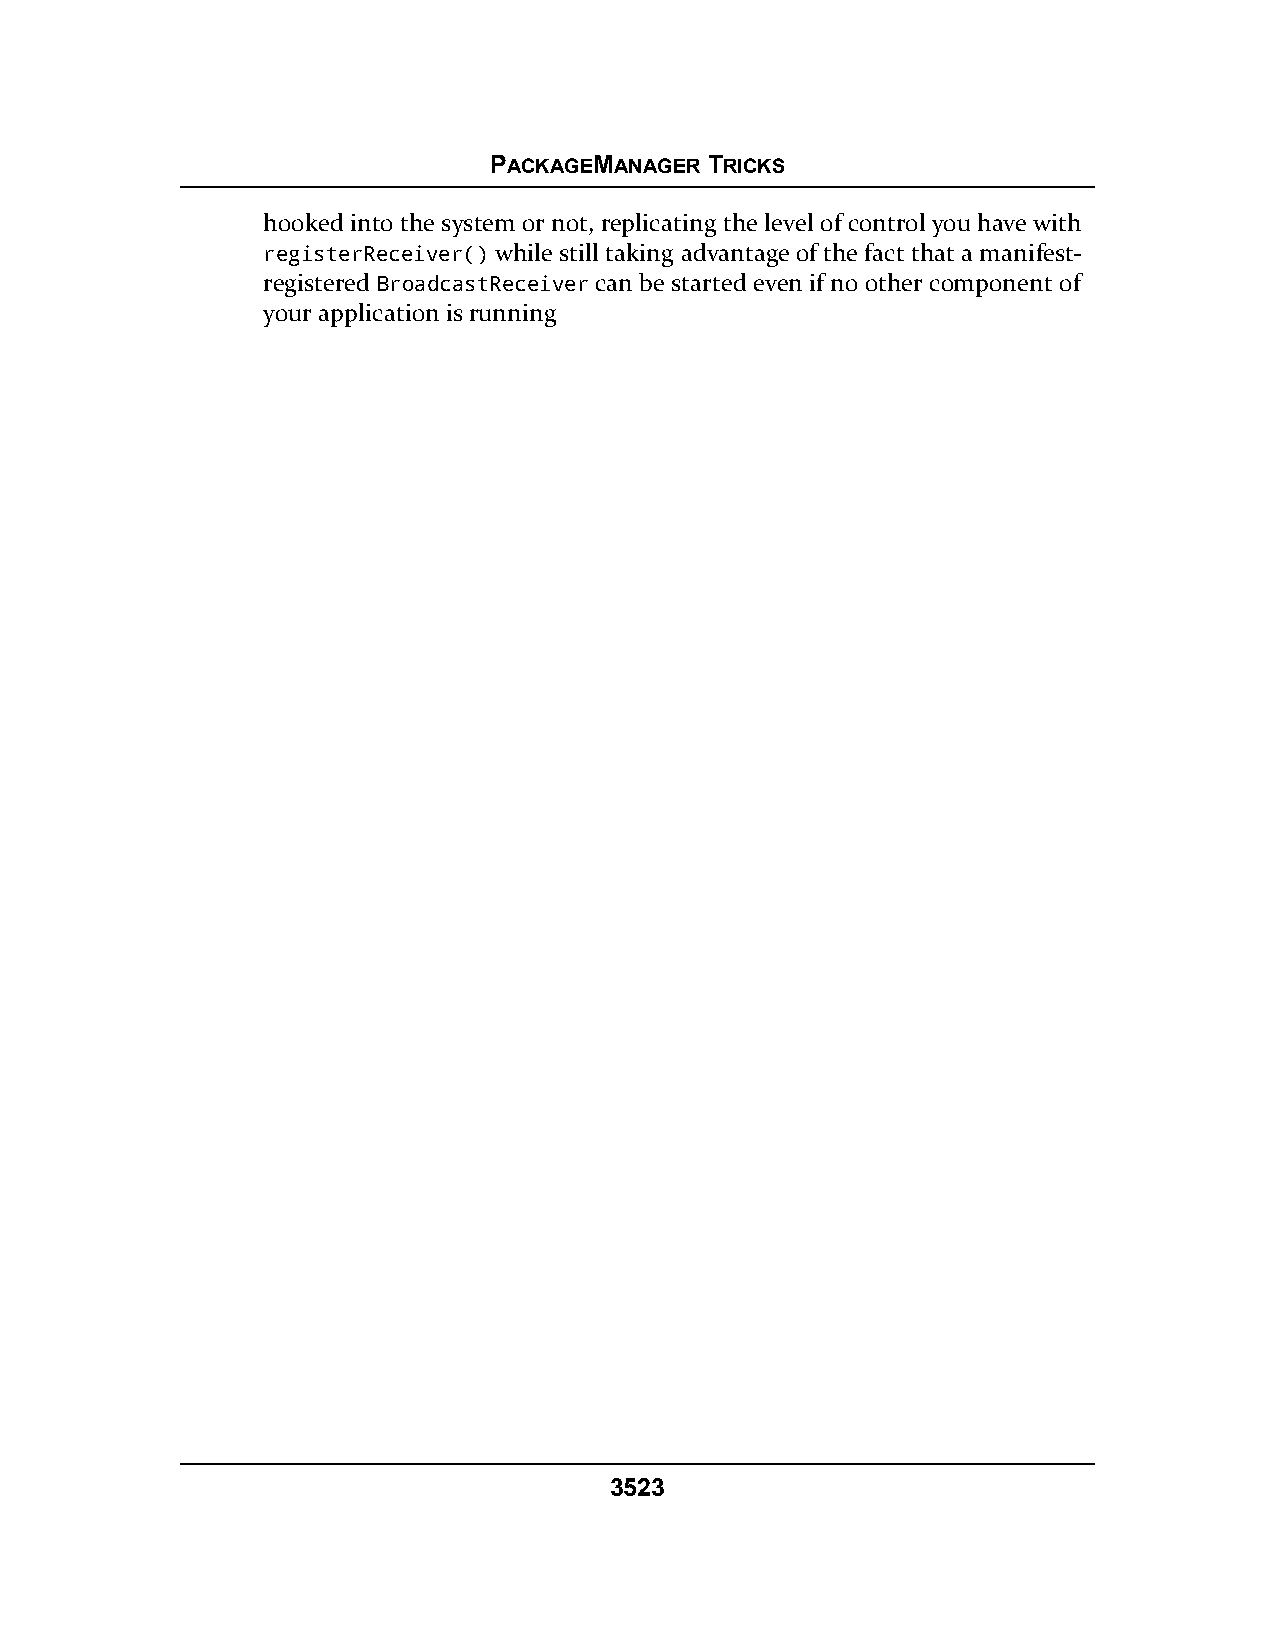
PACKAGEMANAGER TRICKS
 hooked into the system or not, replicating the level of control you have with
 registerReceiver() while still taking advantage of the fact that a manifest-
 registered BroadcastReceiver can be started even if no other component of
 your application is running
 3523